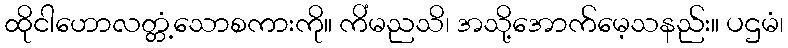
ထိုငါဟောလတ္တံ့သောစကားကို။ ကိံမညသိ၊ အသို့အောက်မေ့သနည်း။ ပဌမံ၊